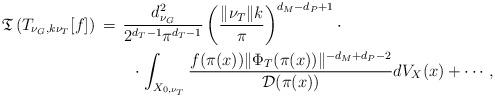
LaTeX: \begin{align*}\begin{multlined}[t][12.5cm]\mathfrak{T}\left(T_{\nu_{G},k\nu_{T}}[f]\right)\,=\,\frac{d_{\nu_{G}}^{2}}{2^{d_{T}-1}\pi^{d_{T}-1}}\left(\frac{\|\nu_{T}\|k}{\pi}\right)^{d_{M}-d_{P}+1}\cdot\\\cdot\int_{X_{0,\nu_{T}}}\frac{f(\pi(x))\|\Phi_{T}(\pi(x))\|^{-d_{M}+d_{P}-2}}{\mathcal{D}(\pi(x))}dV_{X}(x)+ \cdots,\end{multlined}\end{align*}